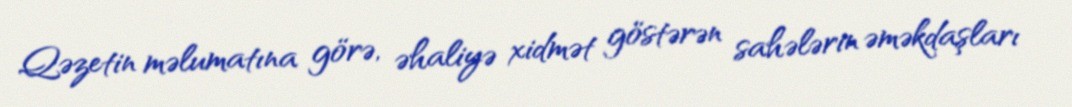
Qəzetin məlumatına görə, əhaliyə xidmət göstərən sahələrin əməkdaşları